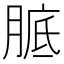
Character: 𦝉